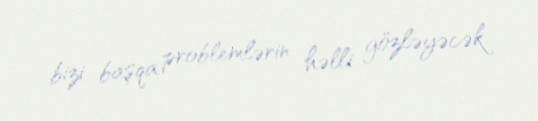
bizi başqa problemlərin həlli gözləyəcək.